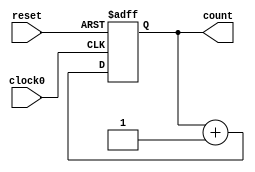
/////////////////////////////////////////
//  Functionality: 16 bit negedge triggered up counter 
////////////////////////////////////////

module counterup16_1clk_negedge_async_resetp(clock0, reset, count);

	input clock0, reset;
	output [15:0] count;
	reg [15:0] count;                                   
	


	always @ (negedge clock0 or posedge reset) begin
		if (reset == 1'b1) begin
			count <= 0;
		end 
		else begin
			count <= count + 1;
		end
	end

endmodule